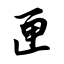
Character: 匣